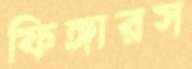
ফিঙ্গারস